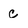
Character: c